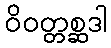
ဝိဝတ္တစ္ဆဒါ